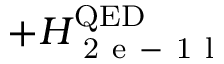
+ H _ { \mathrm { ~ 2 ~ e ~ - ~ 1 ~ l ~ } } ^ { \mathrm { Q E D } }